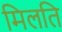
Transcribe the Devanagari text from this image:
मिलति